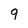
Character: 9